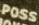
POSS